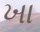
ખા